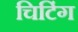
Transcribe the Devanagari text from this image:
चिटिंग